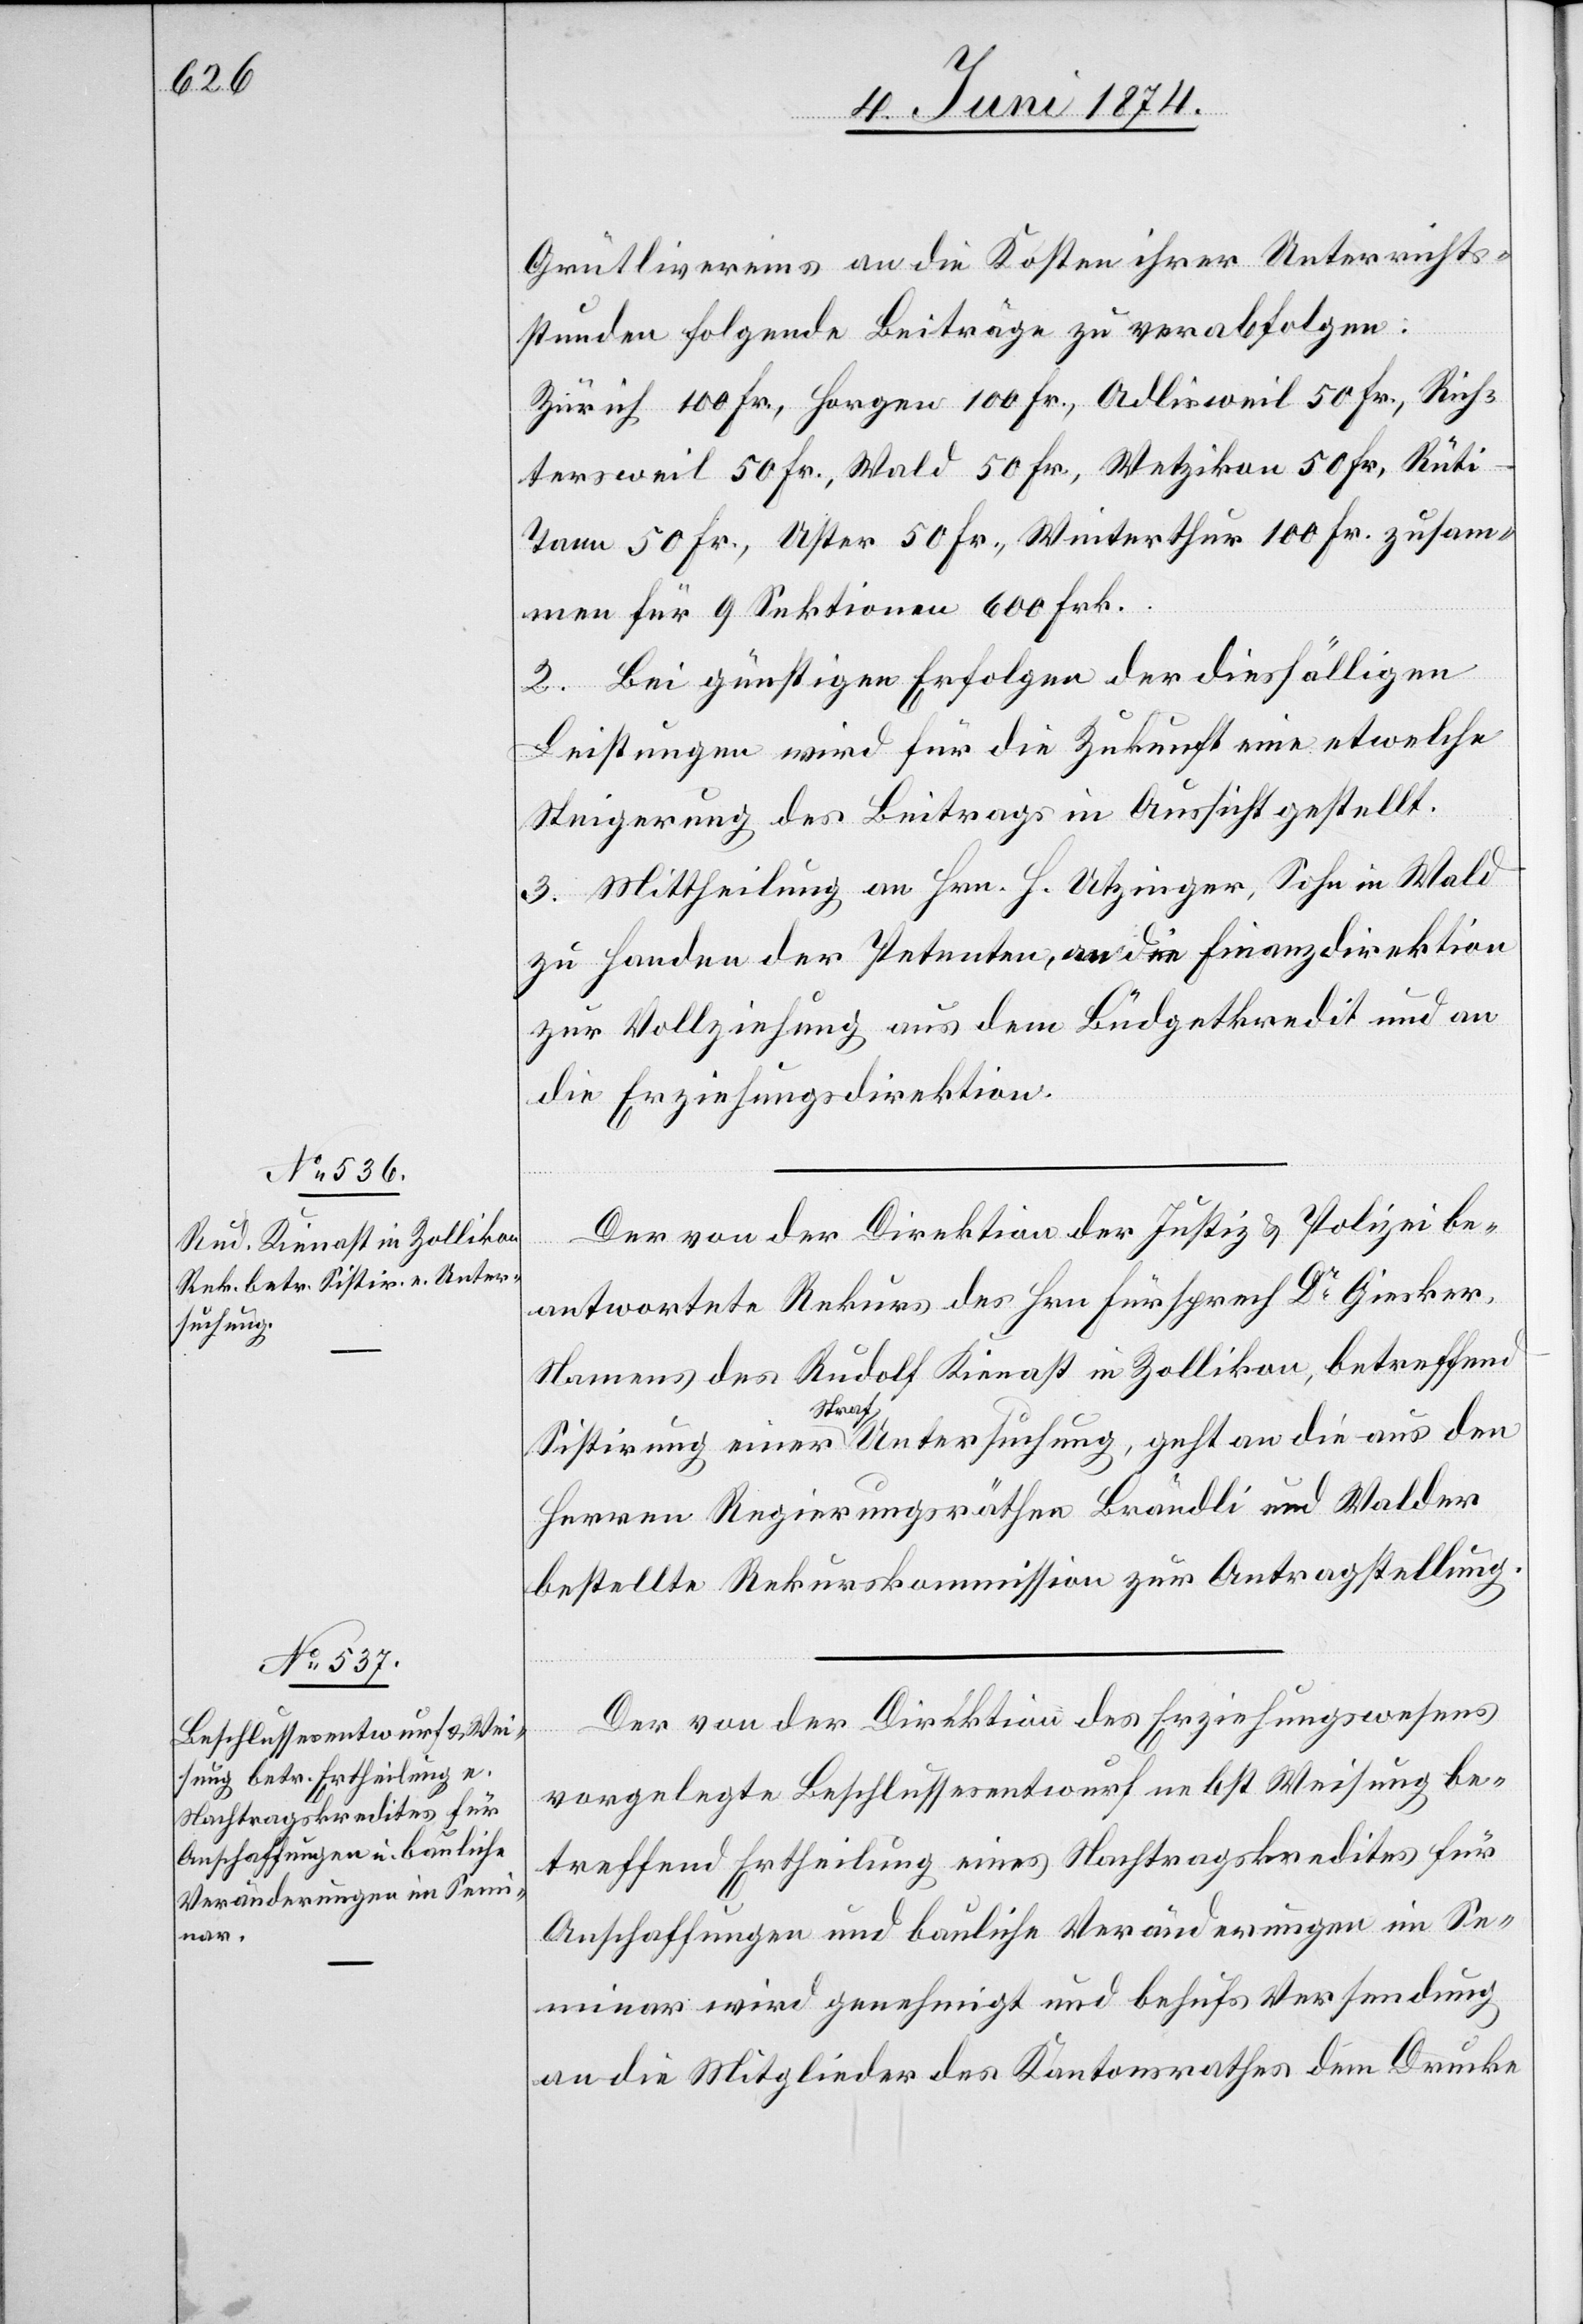
Grütlivereins an die Kosten ihrer Unterrichts¬
stunden folgende Beiträge zu verabfolgen:
Zürich 100 Fr., Horgen 100 Fr., Adlisweil 50 Fr., Rich¬
tersweil 50 Fr., Wald 50 Fr., Wetzikon 50 Fr., Rüti-T¬
ann 50 Fr., Uster 50 Fr., Winterthur 100 Fr., zusam¬
men für 9 Sektionen 600 Fr.
2. Bei günstigen Erfolgen der diesfälligen
Leistungen wird für die Zukunft eine etwelche
Steigerung des Beitrags in Aussicht gestellt.
3. Mittheilung an Hrn. H. Utzinger, Sohn in Wald
zu Handen der Petenten, an die Finanzdirektion
zur Vollziehung aus dem Büdgetkredit und an
die Erziehungsdirektion.
Der von der Direktion der Justiz u. Polizei be¬
antwortete Rekurs des Hrn. Fürsprech Dr Giesker,
Namens des Rudolf Kienast in Zollikon, betreffend
Sistirung einer Strafuntersuchung, geht an die aus den
Herren Regierungsräthen Brändli und Walder
bestellte Rekurskommission zur Antragstellung.
Der von der Direktion des Erziehungswesens
vorgelegte Beschlussesentwurf nebst Weisung be¬
treffend Ertheilung eines Nachtragskredites für
Anschaffungen und bauliche Veränderungen im Se¬
minar wird genehmigt und behufs Versendung
an die Mitglieder des Kantonsrathes dem Drucke